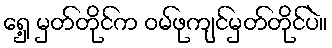
ရှေ့ မှတ်တိုင်က ဝမ်ဖုကျင်မှတ်တိုင်ပဲ။